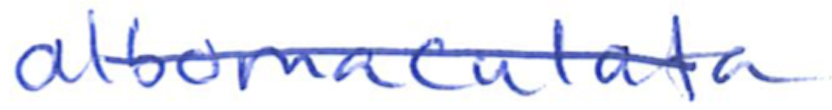
Text: albomaculata
Cross-out: diagonal
Writing tool: ballpoint